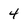
Character: 4